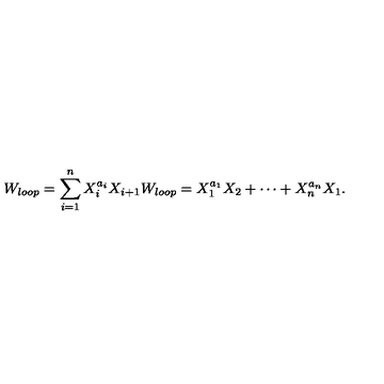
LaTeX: W _ { l o o p } = \sum _ { i = 1 } ^ { n } { X _ { i } ^ { a _ { i } } X _ { i + 1 } } W _ { l o o p } = X _ { 1 } ^ { a _ { 1 } } X _ { 2 } + \cdots + X _ { n } ^ { a _ { n } } X _ { 1 } .